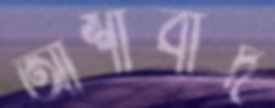
আশীবার্দ